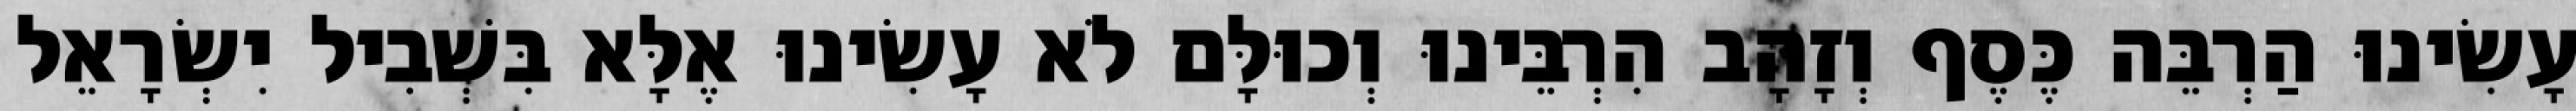
עָשִׂינוּ הַרְבֵּה כֶּסֶף וְזָהָב הִרְבֵּינוּ וְכוּלָּם לֹא עָשִׂינוּ אֶלָּא בִּשְׁבִיל יִשְׂרָאֵל